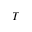
T